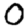
Digit: 0